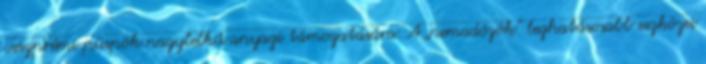
veszprémi püspök nagylelkű anyagi támogatására. A „nemadózók” leghatásosabb eszközei